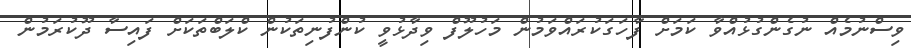
ވިސްނުމެއް ނުގެންގުޅުއްވާ ކަމަށް ފާހަގަކުރައްވަމުން މަހުލޫފް ވިދާޅުވީ ކުންފުނިތަކުން ކްލަބްތަކަށް ފައިސާ ދޫކުރަމުން